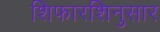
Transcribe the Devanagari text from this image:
शिफारशिनुसार